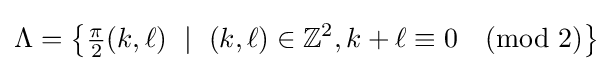
\Lambda =\left\{{\tfrac {\pi }{2}}(k,\ell )\ \mid \ (k,\ell )\in \mathbb {Z} ^{2},k+\ell \equiv 0{\pmod {2}}\right\}